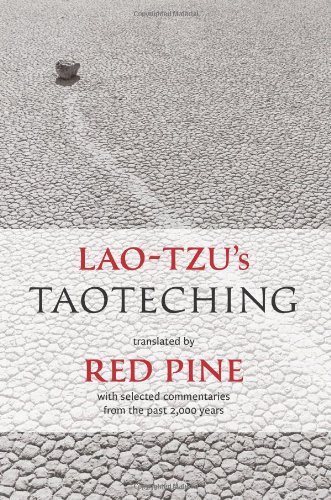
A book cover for Lao-tzu's Taoteching; Lao Tzu; Religion & Spirituality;